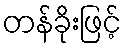
တန်ခိုးဖြင့်